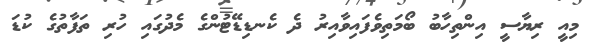
މިއީ ރިޔާސީ އިންތިހާބު ބޯމަތިވެފައިވާއިރު ދެ ކެނޑިޑޭޓުންގެ މެދުގައި ހުރި ތަފާތުުގެ ކުޑަ